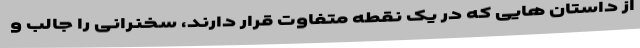
از داستان هایی که در یک نقطه متفاوت قرار دارند، سخنرانی را جالب و